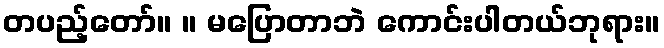
တပည့်တော်။ ။ မပြောတာဘဲ ကောင်းပါတယ်ဘုရား။